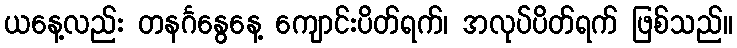
ယနေ့လည်း တနင်္ဂနွေနေ့ ကျောင်းပိတ်ရက်၊ အလုပ်ပိတ်ရက် ဖြစ်သည်။